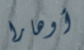
أوهارا